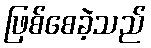
ဖြစ်စေခဲ့သည်